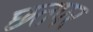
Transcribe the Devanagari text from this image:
छतपर